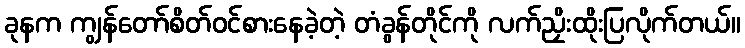
ခုနက ကျွန်တော်စိတ်ဝင်စားနေခဲ့တဲ့ တံခွန်တိုင်ကို လက်ညှိးထိုးပြလိုက်တယ်။